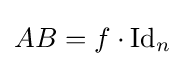
AB=f\cdot {\text{Id}}_{n}